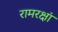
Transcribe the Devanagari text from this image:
रामरक्षां